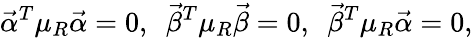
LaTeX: {\vec{\alpha}}^{T}\mu_{R}{\vec{\alpha}}=0,\ \ {\vec{\beta}}^{T}\mu_{R}{\vec{\beta}}=0,\ \ {\vec{\beta}}^{T}\mu_{R}{\vec{\alpha}}=0,